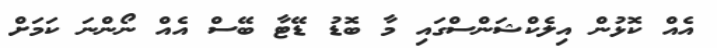
އެއް ކޮޅުން އިލެކްޝަންސްގައި މާ ބޮޑު ޑޭޓާ ބޭސް އެއް ނޯންނަ ކަމަށް